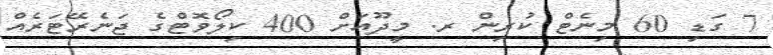
7 ގަޑި 60 މިނެޓް ކުރިން ރ. މީދޫއަށް 400 ކިލޯވޮޓްގެ ޖަނެރޭޓަރެއް